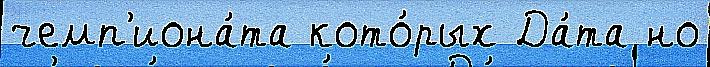
чемп'иона́та кото́рых Да́та но